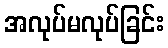
အလုပ်မလုပ်ခြင်း